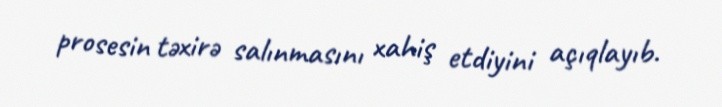
prosesin təxirə salınmasını xahiş etdiyini açıqlayıb.